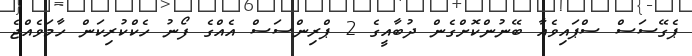
ޕެގޭސަސް ސްޕައިވެއާ ބޭނުންކޮށްގެން ދުބާއީގެ 2 ޕްރިންސަސް އެއްގެ ފޯނު ހެކްކުރިކަން ހާމަވެއްޖެ